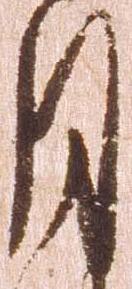
月